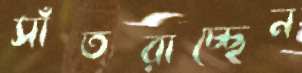
সাঁতরাচ্ছেন